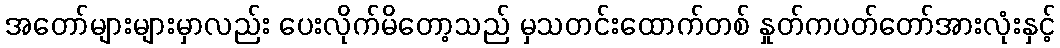
အတော်များများမှာလည်း ပေးလိုက်မိတော့သည် မှသတင်းထောက်တစ် နှုတ်ကပတ်တော်အားလုံးနှင့်